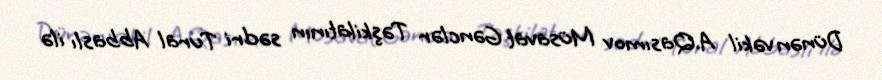
Dünən vəkil A.Qasımov Müsavat Gənclər Təşkilatının sədri Tural Abbaslı ilə